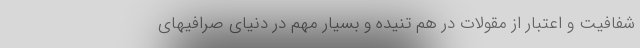
شفافیت و اعتبار از مقولات در هم تنیده و بسیار مهم در دنیای صرافیهای